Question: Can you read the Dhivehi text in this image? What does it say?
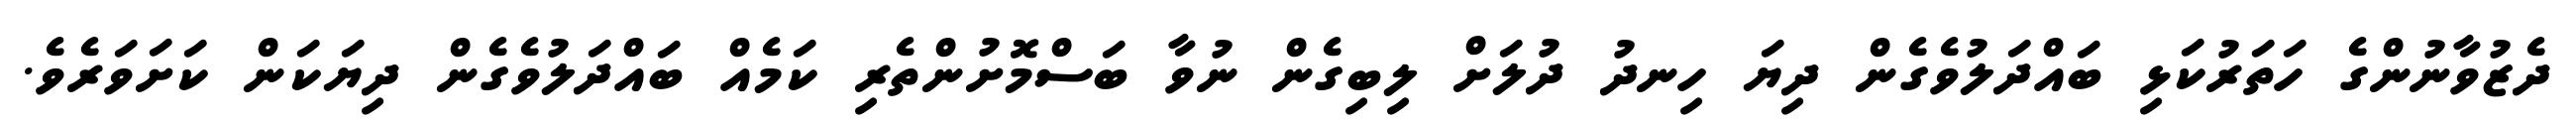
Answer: ދެޒުވާނުންގެ ހަތަރުކަޅި ބައްދަލުވެގެން ދިޔަ ހިނދު ދުލަށް ލިބިގެން ނުވާ ބަސްމޮށުންތެރި ކަމެއް ބައްދަލުވެގެން ދިޔަކަން ކަށަވަރެވެ.